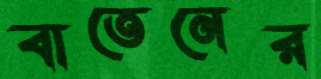
বাতেনের